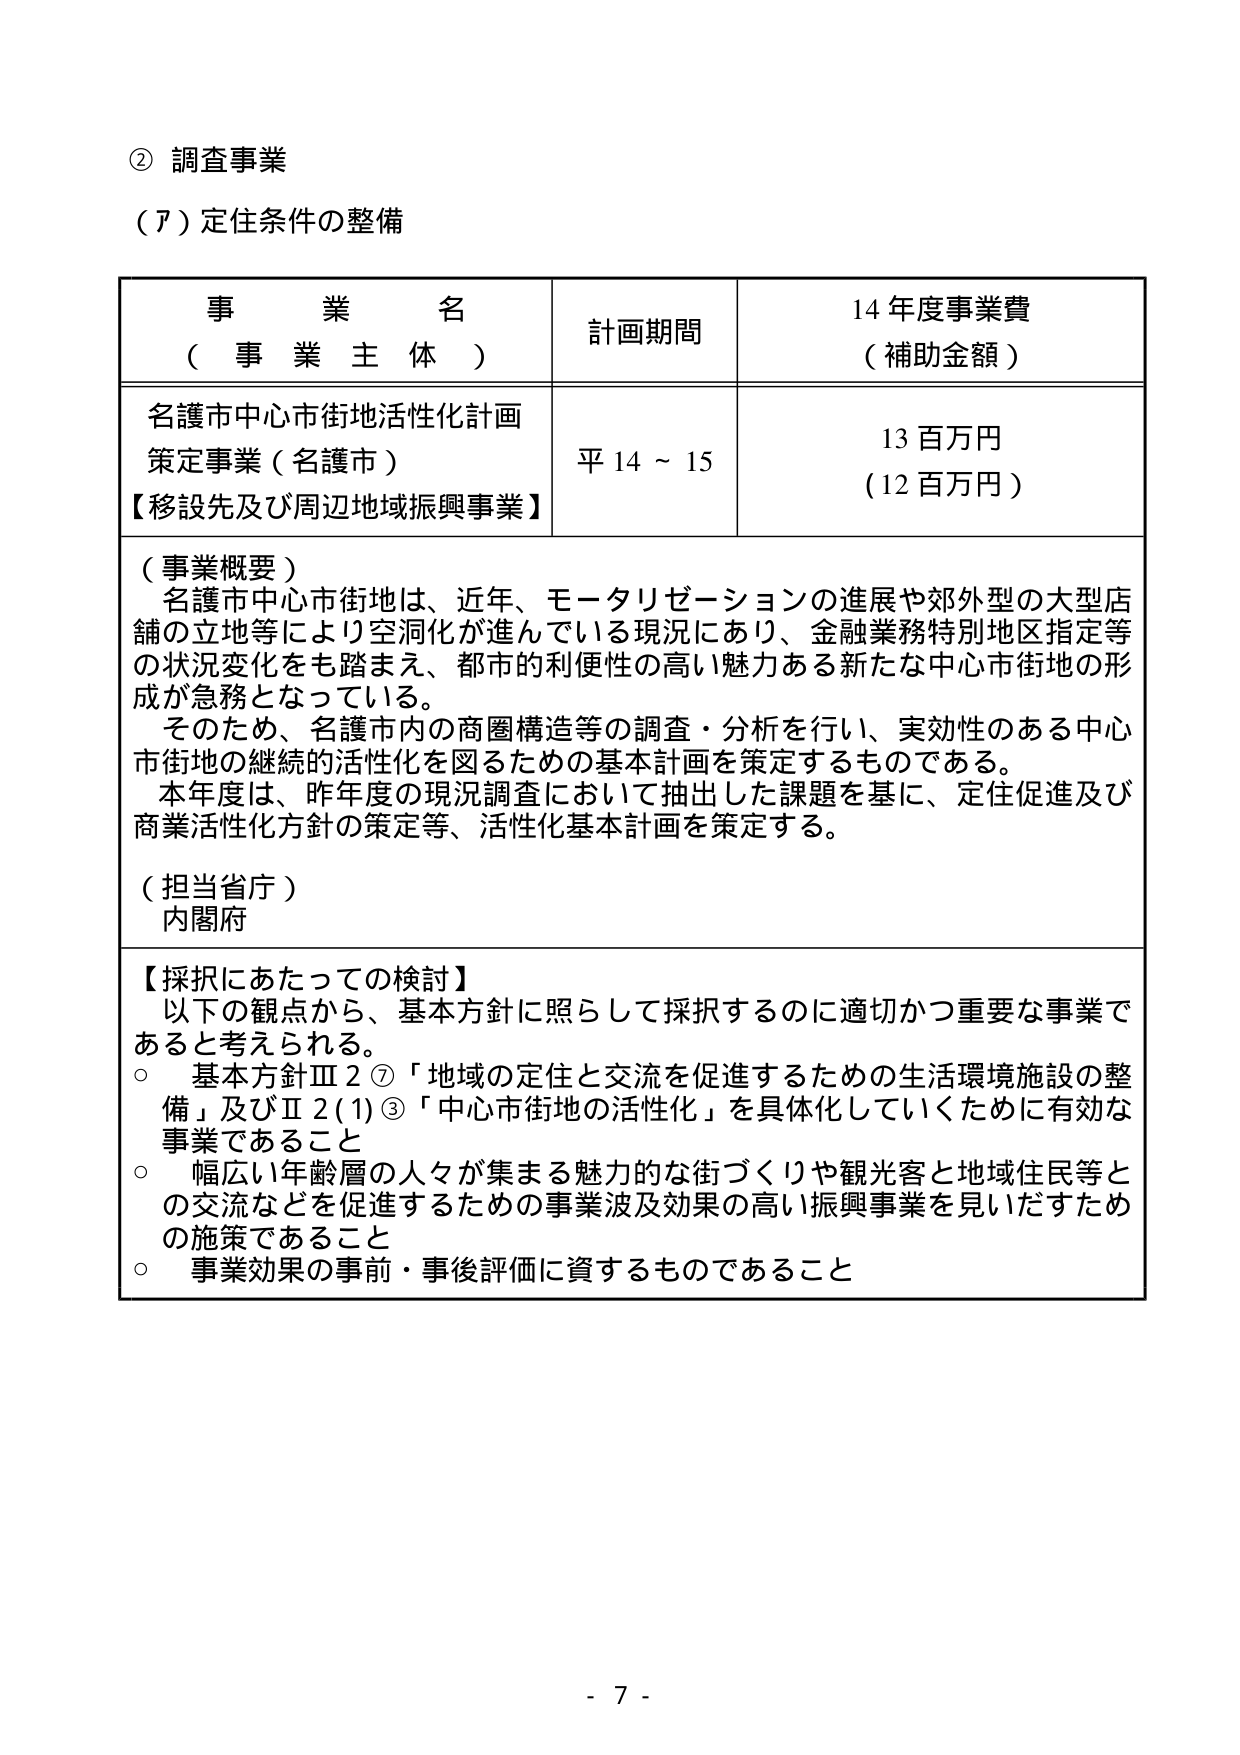
② 調査事業
（ア）定住条件の整備

事 業 名
（ 事 業 主 体 ）
計画期間
14年度事業費
（補助金額）

名護市中心市街地活性化計画
策定事業（名護市）
【移設先及び周辺地域振興事業】
平14～15
13百万円
（12百万円）

（事業概要）
名護市中心市街地は、近年、モータリゼーションの進展や郊外型の大型店舗の立地等により空洞化が進んでいる現況にあり、金融業務特別地区指定等の状況変化をも踏まえ、都市的利便性の高い魅力ある新たな中心市街地の形成が急務となっている。
そのため、名護市内の商圏構造等の調査・分析を行い、実効性のある中心市街地の継続的活性化を図るための基本計画を策定するものである。
本年度は、昨年度の現況調査において抽出した課題を基に、定住促進及び商業活性化方針の策定等、活性化基本計画を策定する。

（担当省庁）
内閣府

【採択にあたっての検討】
以下の観点から、基本方針に照らして採択するのに適切かつ重要な事業であると考えられる。
○ 基本方針Ⅲ2⑦「地域の定住と交流を促進するための生活環境施設の整備」及びⅡ2(1)③「中心市街地の活性化」を具体化していくために有効な事業であること
○ 幅広い年齢層の人々が集まる魅力的な街づくりや観光客と地域住民等との交流などを促進するための事業波及効果の高い振興事業を見いだすための施策であること
○ 事業効果の事前・事後評価に資するものであること

- 7 -